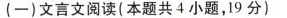
(一)文言文阅读(本题共4小题，19分)